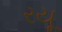
રયૂ